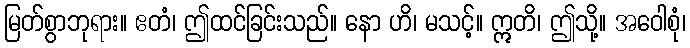
မြတ်စွာဘုရား။ ဧတံ၊ ဤထင်ခြင်းသည်။ နော ဟိ၊ မသင့်။ ဣတိ၊ ဤသို့။ အဝေါစုံ၊